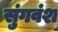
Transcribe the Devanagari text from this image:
सुंगवंश